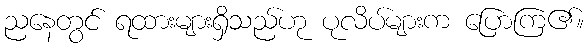
ညနေတွင် ရထားများရှိသည်ဟု ပုလိပ်များက ပြောကြ၏။